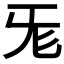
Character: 𣄭